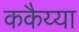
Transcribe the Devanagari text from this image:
ककैय्या